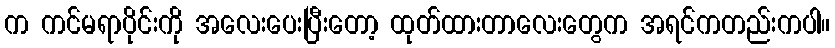
က ကင်မရာပိုင်းကို အလေးပေးပြီးတော့ ထုတ်ထားတာလေးတွေက အရင်ကတည်းကပါ။